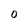
Character: 0